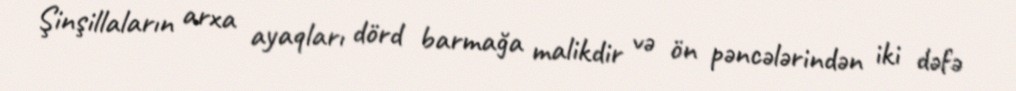
Şinşillaların arxa ayaqları dörd barmağa malikdir və ön pəncələrindən iki dəfə